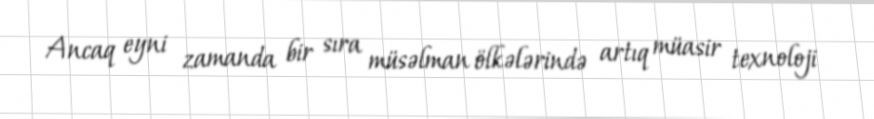
Ancaq eyni zamanda bir sıra müsəlman ölkələrində artıq müasir texnoloji